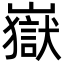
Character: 嶽